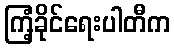
ကြံ့ခိုင်ရေးပါတီက